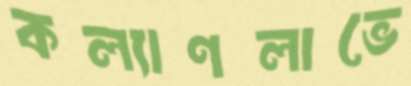
কল্যাণলাভে